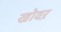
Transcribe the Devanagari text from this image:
खोवऱ